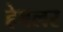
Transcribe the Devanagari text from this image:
हेबलर